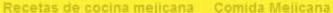

				Recetas de cocina mejicana Comida Mejicana